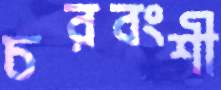
চরবংশী